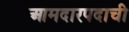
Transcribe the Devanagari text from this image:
आमदारपदाची